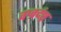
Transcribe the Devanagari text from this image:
वज्रदंष्ट्र